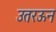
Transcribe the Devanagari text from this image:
उतरऊन